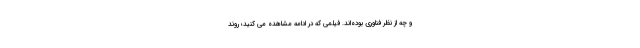
و چه از نظر فناوری بوده‌اند. فیلمی که در ادامه مشاهده می کنید؛ روند